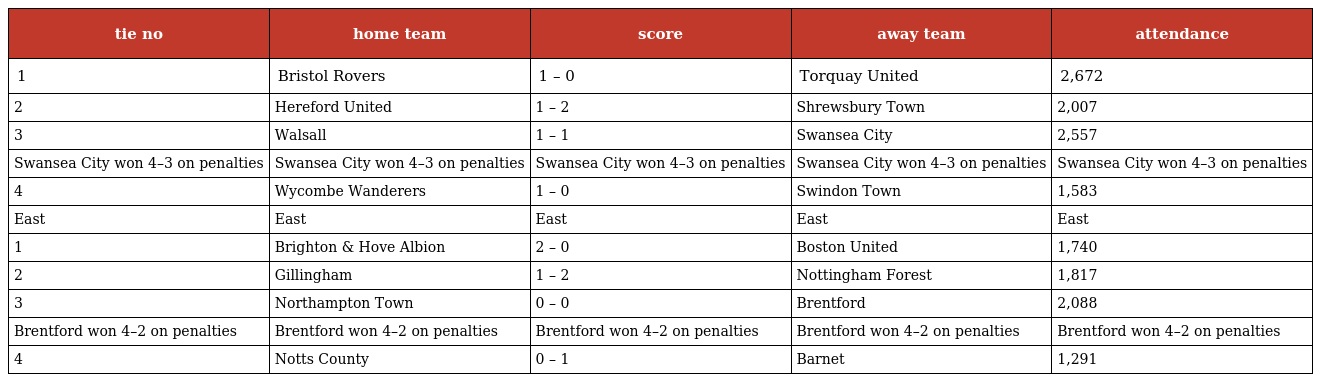
| tie no | home team | score | away team | attendance |
 | --- | --- | --- | --- | --- |
 | 1 | Bristol Rovers | 1 – 0 | Torquay United | 2,672 |
 | 2 | Hereford United | 1 – 2 | Shrewsbury Town | 2,007 |
 | 3 | Walsall | 1 – 1 | Swansea City | 2,557 |
 | Swansea City won 4–3 on penalties | Swansea City won 4–3 on penalties | Swansea City won 4–3 on penalties | Swansea City won 4–3 on penalties | Swansea City won 4–3 on penalties |
 | 4 | Wycombe Wanderers | 1 – 0 | Swindon Town | 1,583 |
 | East | East | East | East | East |
 | 1 | Brighton & Hove Albion | 2 – 0 | Boston United | 1,740 |
 | 2 | Gillingham | 1 – 2 | Nottingham Forest | 1,817 |
 | 3 | Northampton Town | 0 – 0 | Brentford | 2,088 |
 | Brentford won 4–2 on penalties | Brentford won 4–2 on penalties | Brentford won 4–2 on penalties | Brentford won 4–2 on penalties | Brentford won 4–2 on penalties |
 | 4 | Notts County | 0 – 1 | Barnet | 1,291 |